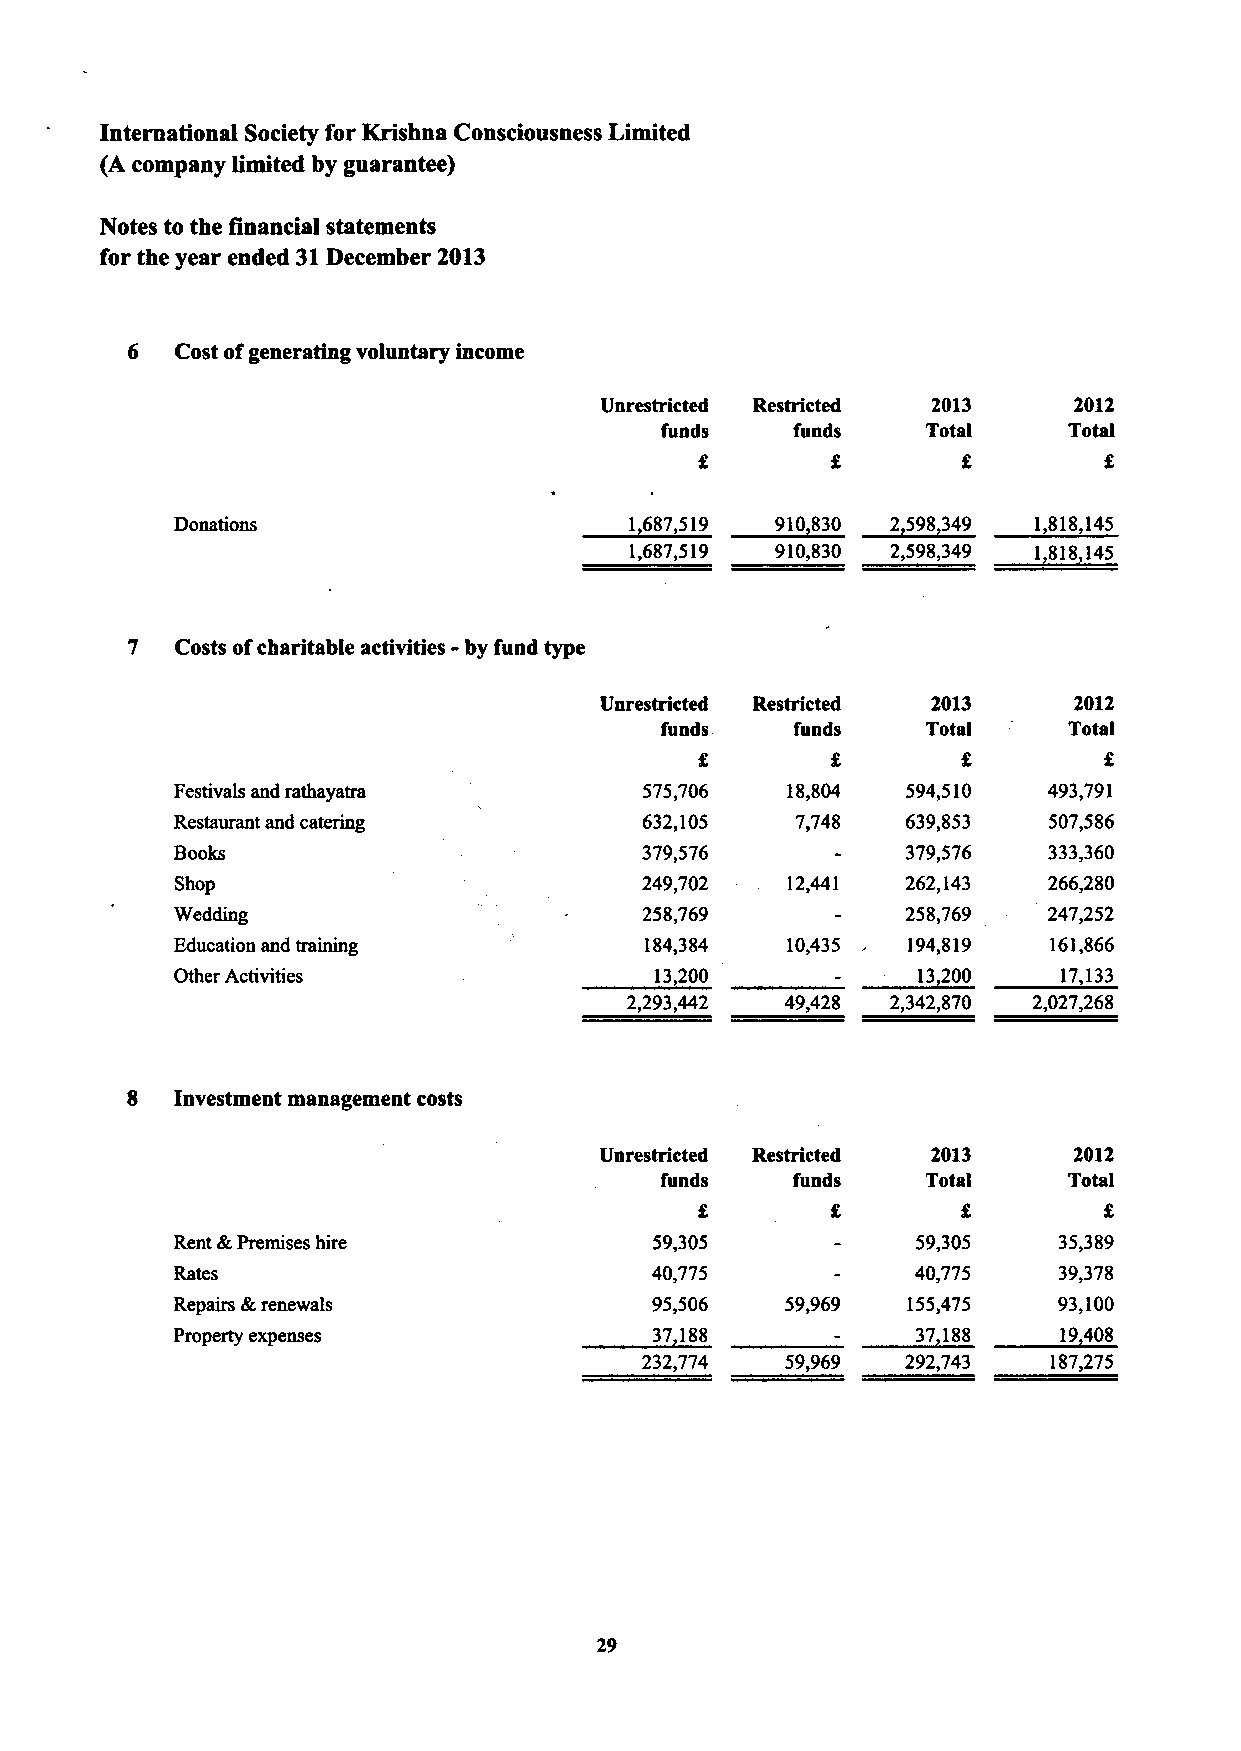
International Society for Krishna Consciousness Limited
 (A company limited by guarantee)
 Notes to the Qnancial statements
 for the year ended 31December 2013
 6   Cost ofgenerating voluntary income
 Unrestricted Restricted 2013   2012
 funds    funds   Total     Total
 Donations                     1687 519 910830  2 598349  1 818,145
 1,687,519 910,830 2,598,349 1 818 145
 7  Costs ofcharitable activities - by fund type
 Unrestricted Restricted 2013   2012
 funds    funds   Total     Total
 Festivals and rathayatra       575,706  18,804  594,510  493,791
 Restaurant and catering        632,105   7,748  639,853  507,586
 Books                          379,576          379,576  333,360
 Shop                           249,702  12,441  262,143  266,280
 Wedding                        258,769          258,769  247,252
 Education and training         184,384  10,435  194,819   161,866
 Other Activities               13,200            13200    17 133
 2,293,442 49,428 2,342,870 2,027,268
 8   investment management costs
 Unrestricted Restricted 2013   2012
 funds    funds   Total     Total
 Rent &Premises hire            59,305            59,305   35,389
 40,775            40,775   39,378
 Repairs &renewals              95,506   59,969  155,475   93,100
 Property expenses              37 188            37 188   19408
 232,774  59,969  292,743   187,275
 29